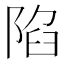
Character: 陷